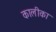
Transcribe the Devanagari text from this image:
कालीका